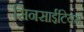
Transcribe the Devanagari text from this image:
सिनसाईटियम